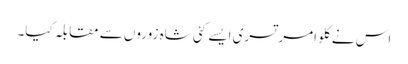
اس نے کلو امرتسری ایسے کئی شاہ زوروں سے مقابلہ کیا۔